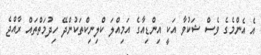
އެ އެންމެގެ ވެސް ޝަކުވާ އަކީ އިންޑިއާގެ އަމިއްލަ ކްލިނިކްތަކުންދޭ ހިދުމަތްތައް ރާއްޖެ